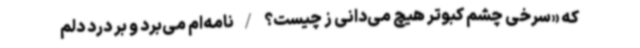
که «سرخی چشم کبوتر هیچ می‌دانی ز چیست؟ /نامه‌ام می‌برد و بر درد دلم